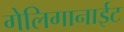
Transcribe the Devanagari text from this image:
गेलिगानाईट